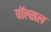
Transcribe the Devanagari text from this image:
वॉल्सल